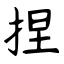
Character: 捏